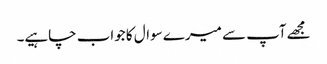
مجھےآپ سے میرے سوال کا جواب چاہیے۔